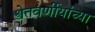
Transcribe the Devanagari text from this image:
श्वेतवर्णीयांच्या